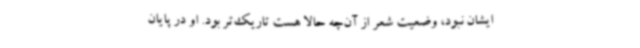
ایشان نبود، وضعیت شعر از آن‌چه حالا هست تاریک‌تر بود. او در پایان